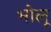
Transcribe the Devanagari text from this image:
भोलू